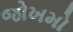
જોખમો